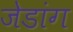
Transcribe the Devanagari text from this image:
जेडांग